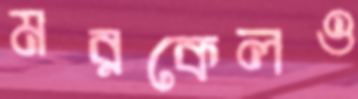
মরকেলও